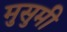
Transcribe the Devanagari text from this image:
मुसुमी